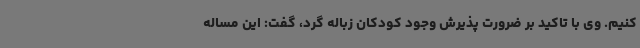
کنیم. وی با تاکید بر ضرورت پذیرش وجود کودکان زباله گرد، گفت: این مساله